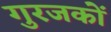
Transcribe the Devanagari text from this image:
गुरजकों